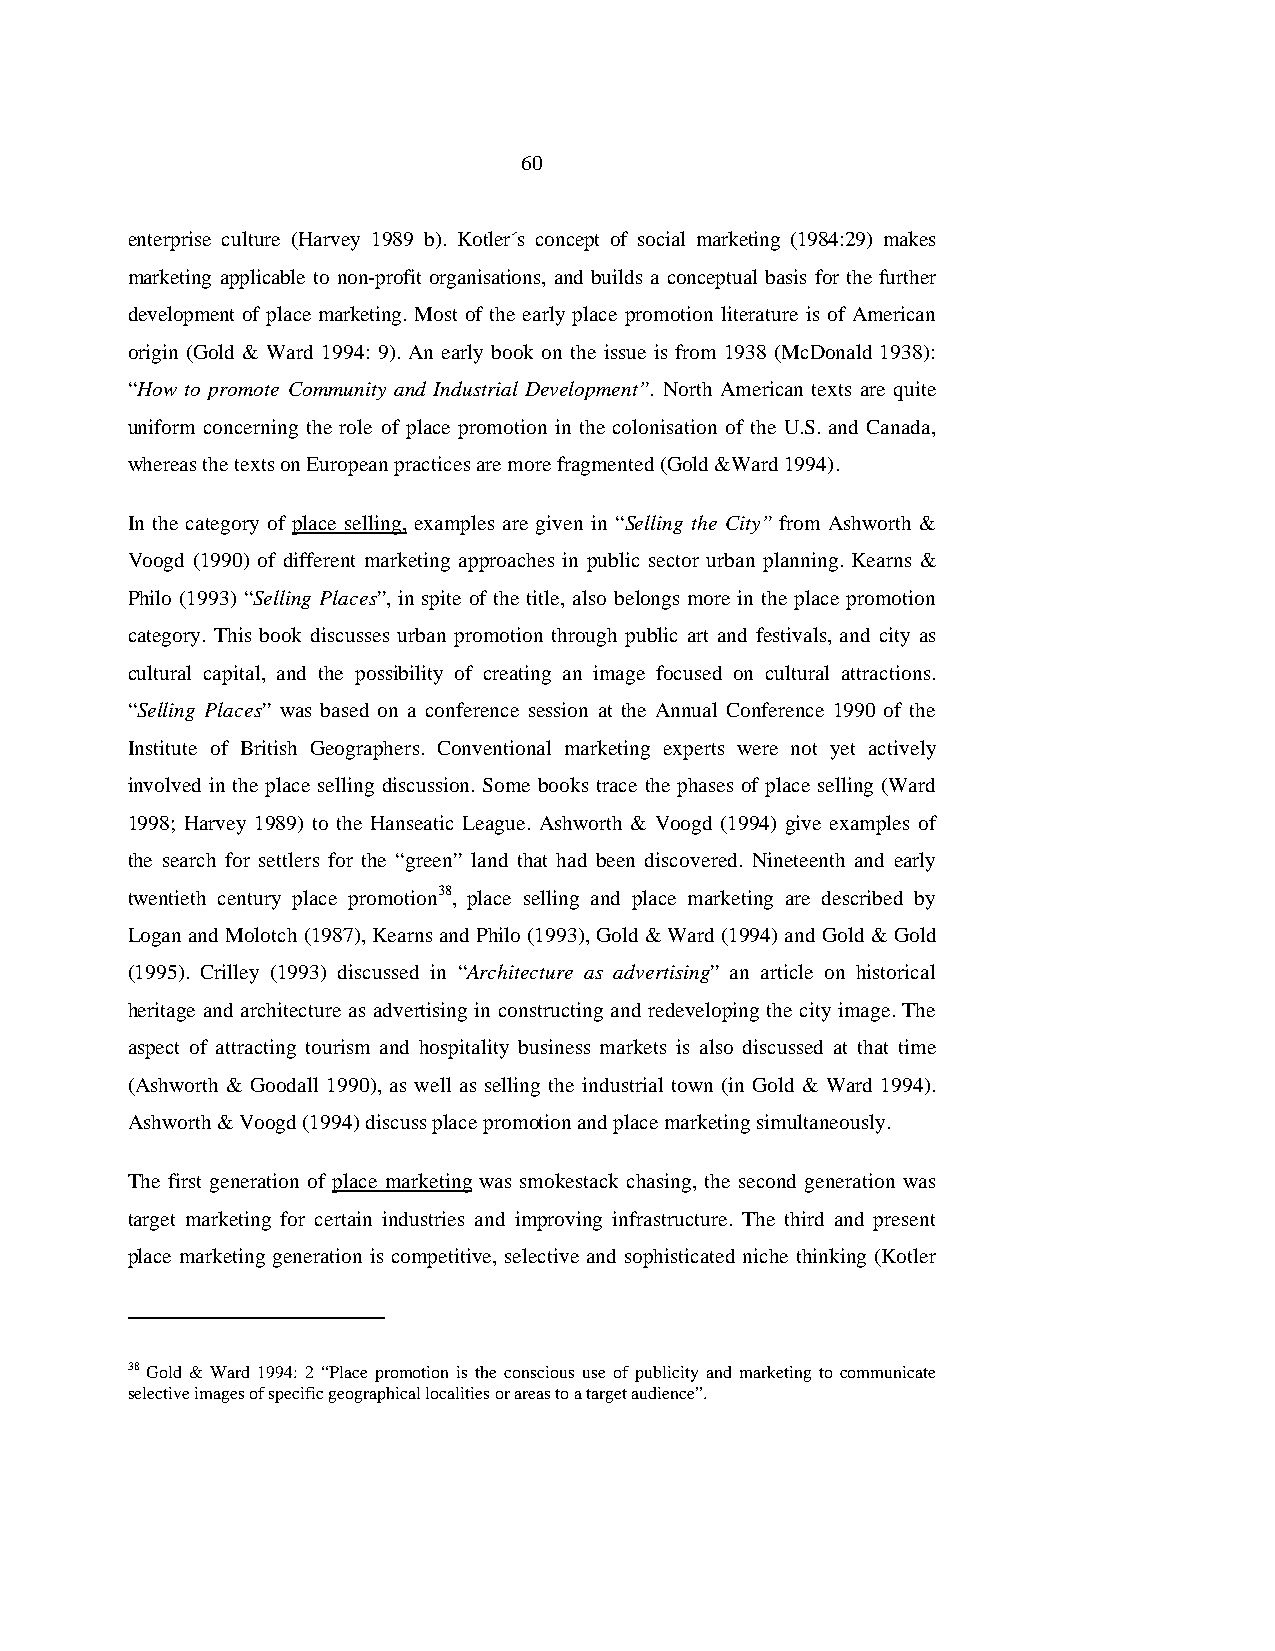
60
 enterprise culture (Harvey 1989 b). Kotler´s concept of social marketing (1984:29) makes
 marketing applicable to non-profit organisations, and builds a conceptual basis for the further
 development of place marketing. Most of the early place promotion literature is of American
 origin (Gold & Ward 1994: 9). An early book on the issue is from 1938 (McDonald 1938):
 “How to promote Community and Industrial Development”. North American texts are quite
 uniform concerning the role of place promotion in the colonisation of the U.S. and Canada,
 whereas the texts on European practices are more fragmented (Gold &Ward 1994).
 In the category of place selling, examples are given in “Selling the City” from Ashworth &
 Voogd (1990) of different marketing approaches in public sector urban planning. Kearns &
 Philo (1993) “Selling Places”, in spite of the title, also belongs more in the place promotion
 category. This book discusses urban promotion through public art and festivals, and city as
 cultural capital, and the possibility of creating an image focused on cultural attractions.
 “Selling Places” was based on a conference session at the Annual Conference 1990 of the
 Institute of British Geographers. Conventional marketing experts were not yet actively
 involved in the place selling discussion. Some books trace the phases of place selling (Ward
 1998; Harvey 1989) to the Hanseatic League. Ashworth & Voogd (1994) give examples of
 the search for settlers for the “green” land that had been discovered. Nineteenth and early
 twentieth century place promotion38, place selling and place marketing are described by
 Logan and Molotch (1987), Kearns and Philo (1993), Gold & Ward (1994) and Gold & Gold
 (1995). Crilley (1993) discussed in “Architecture as advertising” an article on historical
 heritage and architecture as advertising in constructing and redeveloping the city image. The
 aspect of attracting tourism and hospitality business markets is also discussed at that time
 (Ashworth & Goodall 1990), as well as selling the industrial town (in Gold & Ward 1994).
 Ashworth & Voogd (1994) discuss place promotion and place marketing simultaneously.
 The first generation of place marketing was smokestack chasing, the second generation was
 target marketing for certain industries and improving infrastructure. The third and present
 place marketing generation is competitive, selective and sophisticated niche thinking (Kotler
 38 Gold & Ward 1994: 2 “Place promotion is the conscious use of publicity and marketing to communicate
 selective images of specific geographical localities or areas to a target audience”.